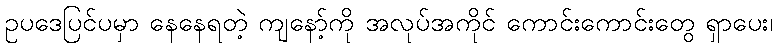
ဥပဒေပြင်ပမှာ နေနေရတဲ့ ကျနော့်ကို အလုပ်အကိုင် ကောင်းကောင်းတွေ ရှာပေး၊